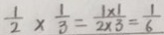
\frac { 1 } { 2 } \times \frac { 1 } { 3 } = \frac { 1 \times 1 } { 2 \times 3 } = \frac { 1 } { 6 }